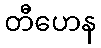
တီဟေန